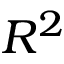
R ^ { 2 }